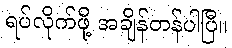
ရပ်လိုက်ဖို့ အချိန်တန်ပါပြီ။